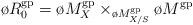
LaTeX: \begin{align*}\o R_{0}^{\rm gp} = \o M_X^{\rm gp} \times_{\o M_{X/S}^{\rm gp}} \o M^{\rm gp}\end{align*}